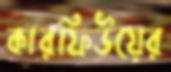
কারফিউয়ের